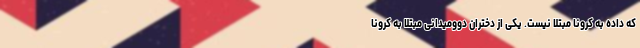
که داده به کرونا مبتلا نیست. یکی از دختران دوومیدانی مبتلا به کرونا